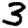
Digit: 3